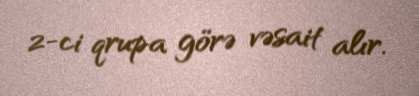
2-ci qrupa görə vəsait alır.